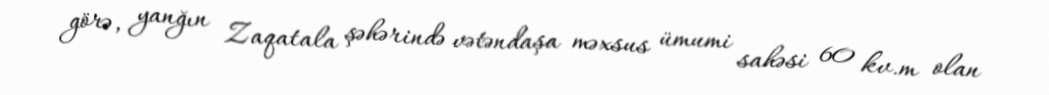
görə, yanğın Zaqatala şəhərində vətəndaşa məxsus ümumi sahəsi 60 kv.m olan